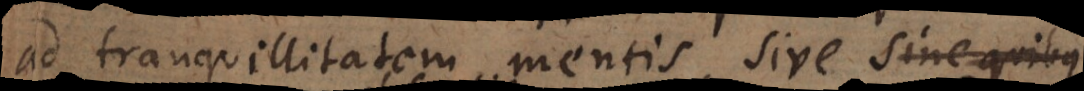
ad tranquillitatem mentis, sive sine quibu